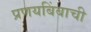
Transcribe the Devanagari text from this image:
प्रणयबिंबाची